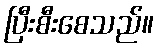
ပြီးစီးစေသည်။